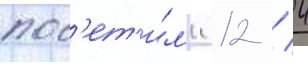
пос'ет'и́л'и 12 / 4